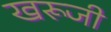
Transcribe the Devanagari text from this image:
खरूजी